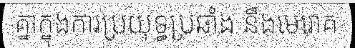
គ្នាក្នុងការប្រយុទ្ធប្រឆាំង នឹងមេរោគ